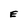
Character: E